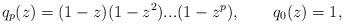
LaTeX: \begin{align*}q_{p}(z)=(1-z)(1-z^{2})...(1-z^{p}),\qquad q_{0}(z)=1, \end{align*}